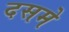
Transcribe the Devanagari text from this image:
दसमे